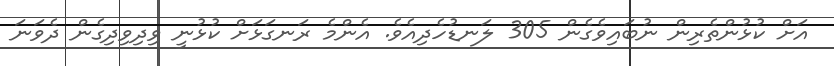
އަށް ކުޅުންތެރިން ނުބައިވެގެން 305 ލަނޑުހެދިއެވެ. އެންމެ ރަނގަޅަށް ކުޅުނީ ވިދިވިދިގެން ދެވަނަ